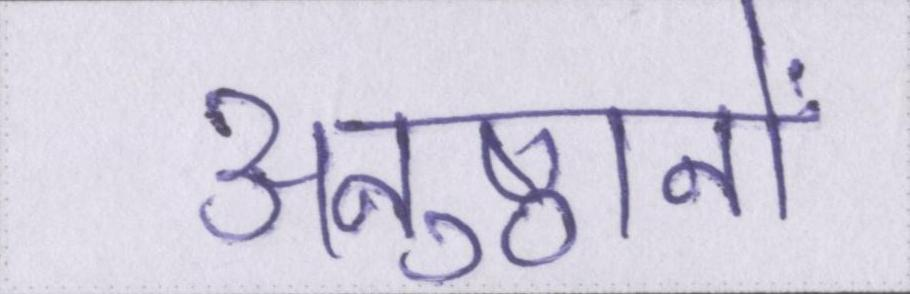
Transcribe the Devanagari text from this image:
अनुष्ठानों